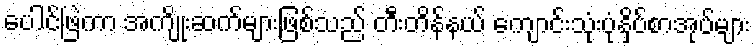
ပေါင်ဖြဲကာ အကျိုးဆက်များဖြစ်သည် တီးတိန်နယ် ကျောင်းသုံးပုံနှိပ်စာအုပ်များ